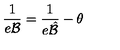
\frac { 1 } { e { \mathcal B } } = \frac { 1 } { e { \hat { \mathcal B } } } - \theta